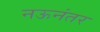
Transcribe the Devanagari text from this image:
नऊनंतर